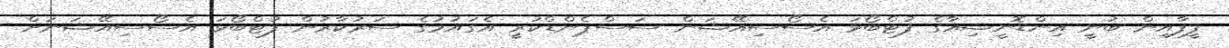
ފީފާއިން ބުނީ އިންޑޮނީޝިއާގެ ފުޓްބޯޅަަ އެސޯސިއޭޝަން ސަސްޕެންޑްކުރީ އެގައުމުގެ ސަރުކާރުން ފުޓްބޯޅަ އެސޯސިއޭޝަނަށް